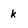
Character: k